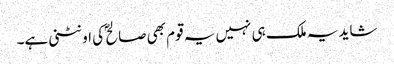
شاید یہ ملک ہی نہیں یہ قوم بھی صالح ؐ کی اونٹنی ہے۔